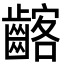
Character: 𪘺